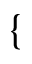
\{